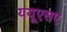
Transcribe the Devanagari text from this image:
ययूएसए